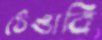
ঠেঙাবি